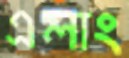
এলাং